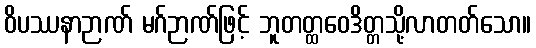
ဝိပဿနာဉာဏ် မဂ်ဉာဏ်ဖြင့် ဘူတတ္ထဝေဒိတ္တသို့လာတတ်သော။